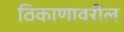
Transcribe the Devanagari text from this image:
ठिकाणावरील